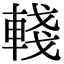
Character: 輚